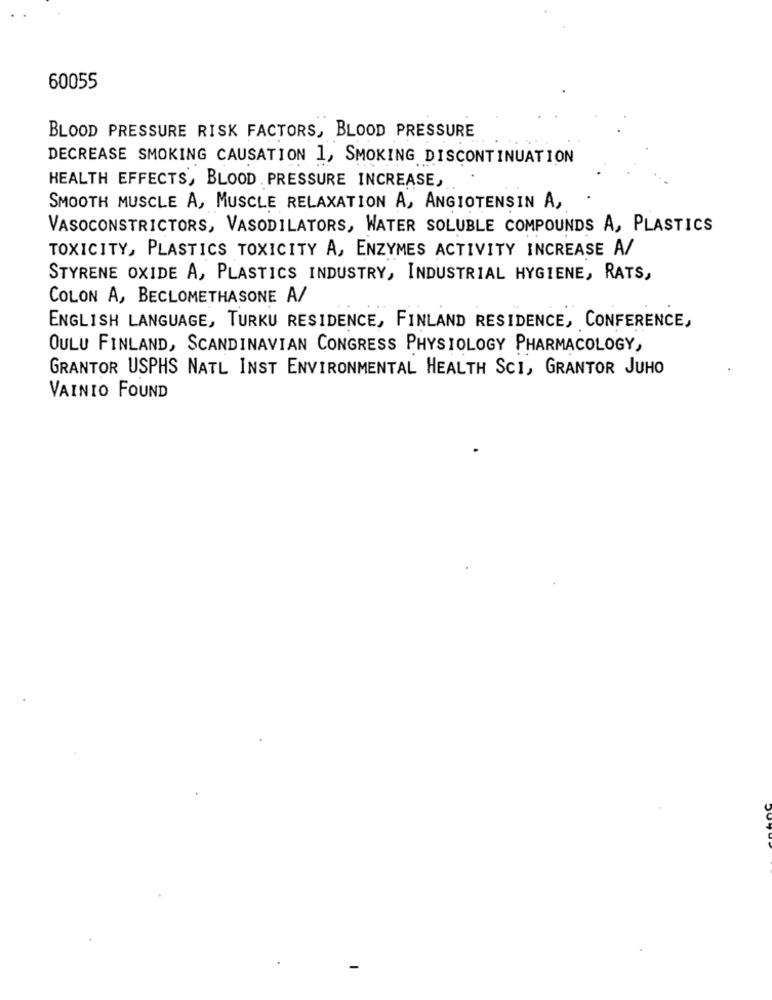
60055
BLOOD PRESSURE RISK FACTORS, BLOOD PRESSURE
DECREASE SMOKING CAUSATION 1, SMOKING DISCONTINUATION
HEALTH EFFECTS, BLOOD PRESSURE INCREASE,
SMOOTH MUSCLE A, MUSCLE RELAXATION A, ANGIOTENSIN A,
VASOCONSTRICTORS, VASODILATORS, WATER SOLUBLE COMPOUNDS A, PLASTICS
TOXICITY, PLASTICS TOXICITY A, ENZYMES ACTIVITY INCREASE A/
STYRENE OXIDE A, PLASTICS INDUSTRY, INDUSTRIAL HYGIENE, RATS,
COLON A, BECLOMETHASONE A/
ENGLISH LANGUAGE, TURKU RESIDENCE, FINLAND RESIDENCE, CONFERENCE,
OULU FINLAND, SCANDINAVIAN CONGRESS PHYSIOLOGY PHARMACOLOGY,
GRANTOR USPHS NATL INST ENVIRONMENTAL HEALTH SCI, GRANTOR JUHO
VAINIO FOUND